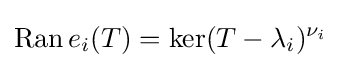
\operatorname {Ran} e_{i}(T)=\ker(T-\lambda _{i})^{\nu _{i}}